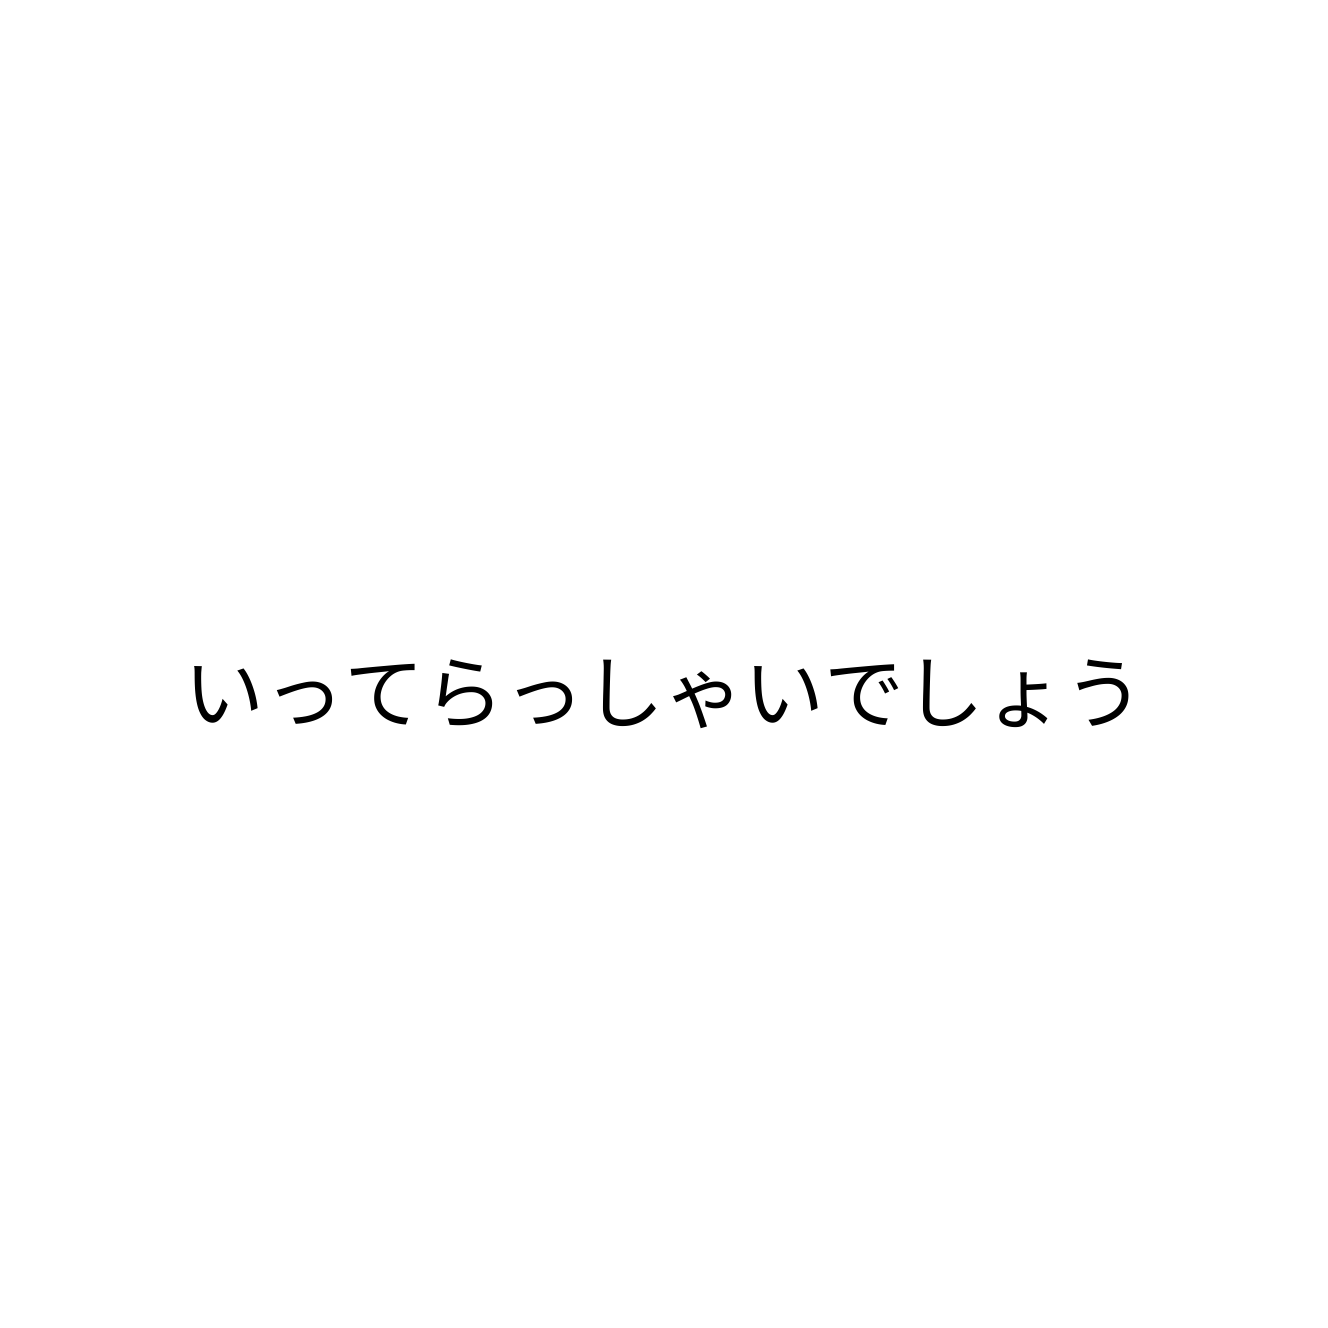
いってらっしゃいでしょう